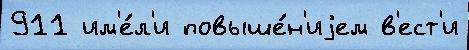
911 им'е́л'и повыше́н'иjем в'ест'и